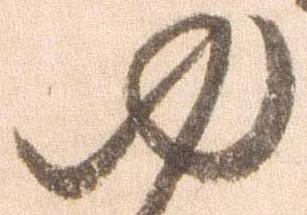
ゆ